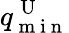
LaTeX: q_{\mathrm{~m~i~n~}}^{\mathrm{~U~}}